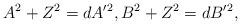
LaTeX: \begin{align*} A^2+Z^2 = dA'{}^2, B^2+Z^2 = dB'{}^2, \end{align*}